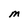
Character: M